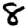
Digit: 8